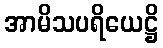
အာမိသပရိယေဋ္ဌိ